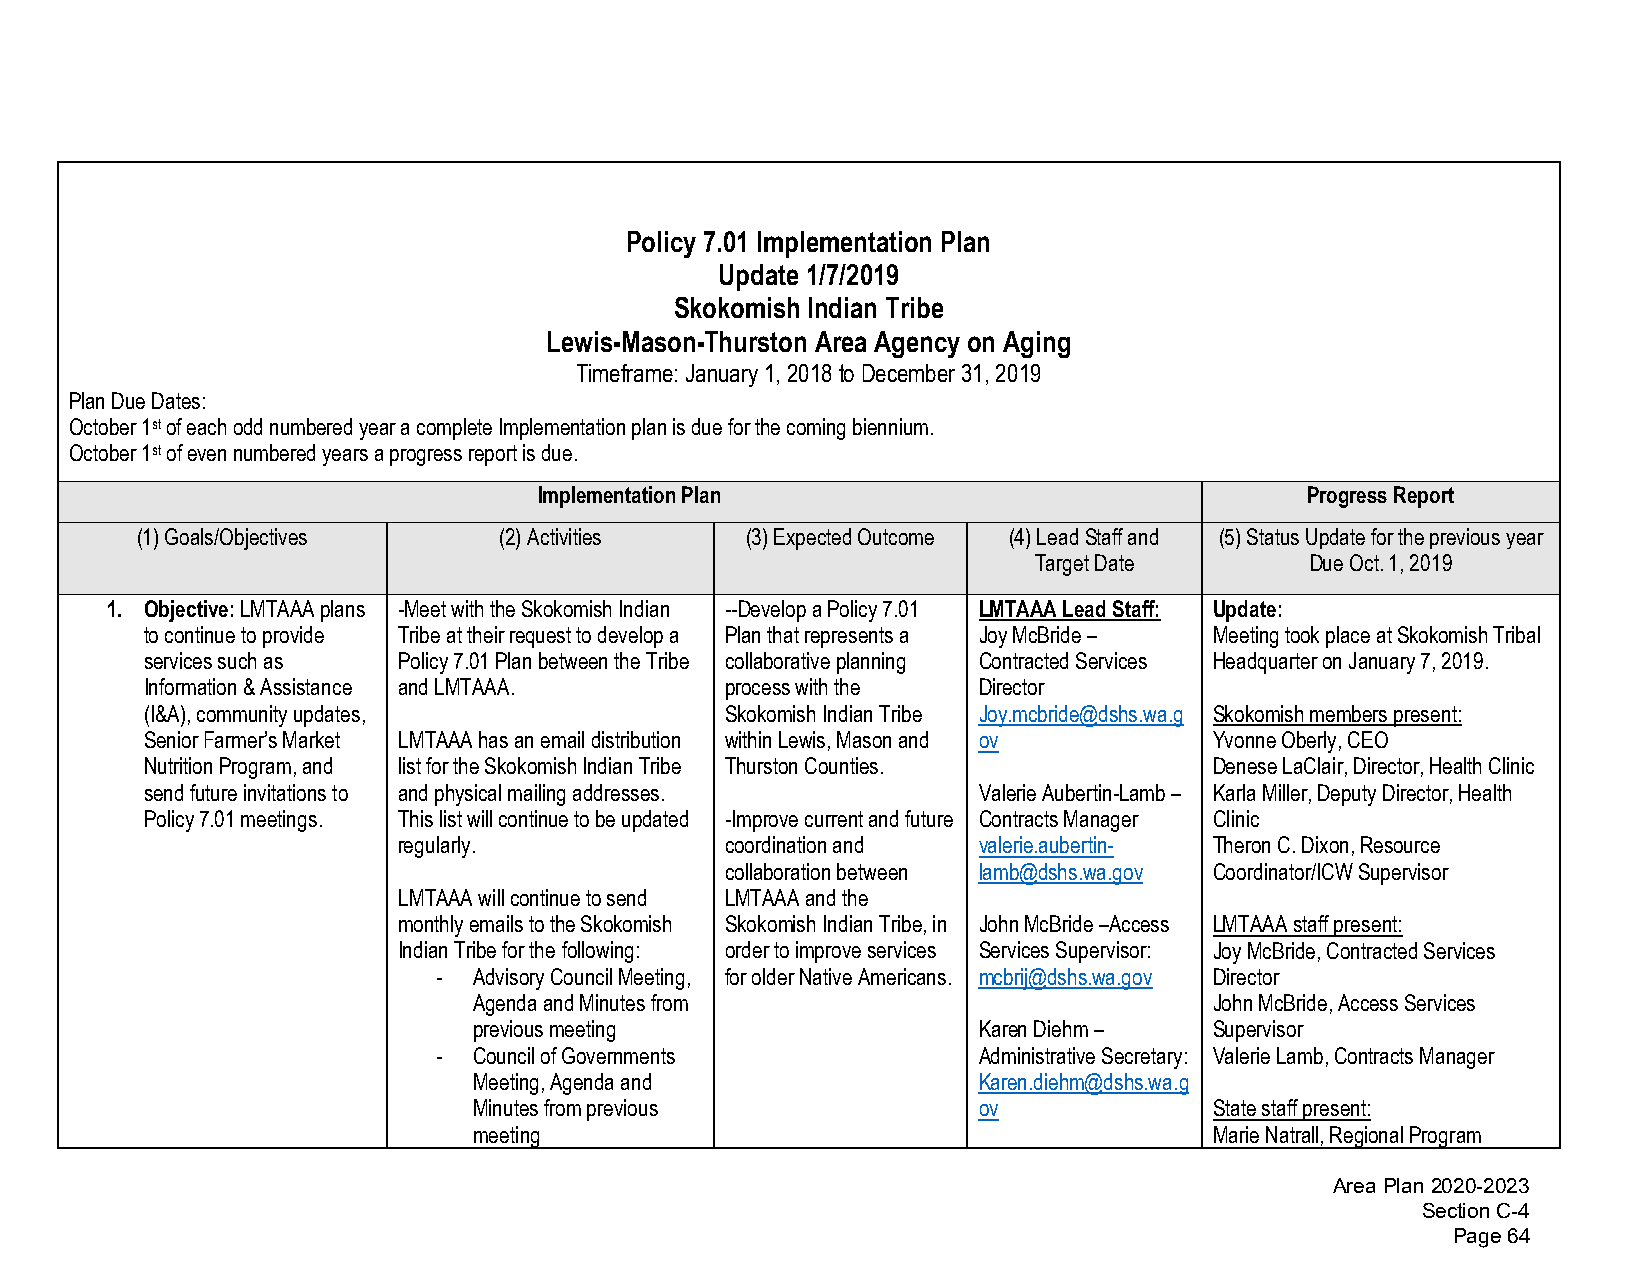
Policy 7.01 Implementation Plan
 Update 1/7/2019
 Skokomish Indian Tribe
 Lewis-Mason-Thurston Area Agency on Aging
 Timeframe: January 1, 2018 to December 31, 2019
 Plan Due Dates:
 October 1st of each odd numbered year a complete Implementation plan is due for the coming biennium.
 October 1st of even numbered years a progress report is due.
 Implementation Plan                               Progress Report
 (1)Goals/Objectives     (2)Activities   (3)Expected Outcome (4)Lead Staff and (5)Status Update for the previous year
 Target Date        Due Oct. 1, 2019
 1. Objective: LMTAAA plans -Meet with the Skokomish Indian --Develop a Policy 7.01 LMTAAA Lead Staff: Update:
 to continue to provide Tribe at their request to develop a Plan that represents a Joy McBride – Meeting took place at Skokomish Tribal
 services such as Policy 7.01 Plan between the Tribe collaborative planning Contracted Services Headquarter on January 7, 2019.
 Information & Assistance and LMTAAA.  process with the Director
 (I&A), community updates,             Skokomish Indian Tribe Joy.mcbride@dshs.wa.g Skokomish members present:
 Senior Farmer’s Market LMTAAA has an email distribution within Lewis, Mason and ov Yvonne Oberly, CEO
 Nutrition Program, and list for the Skokomish Indian Tribe Thurston Counties. Denese LaClair, Director, Health Clinic
 send future invitations to and physical mailing addresses. Valerie Aubertin-Lamb – Karla Miller, Deputy Director, Health
 Policy 7.01 meetings. This list will continue to be updated -Improve current and future Contracts Manager Clinic
 regularly.            coordination and valerie.aubertin- Theron C. Dixon, Resource
 collaboration between lamb@dshs.wa.gov Coordinator/ICW Supervisor
 LMTAAA will continue to send LMTAAA and the
 monthly emails to the Skokomish Skokomish Indian Tribe, in John McBride –Access LMTAAA staff present:
 Indian Tribe for the following: order to improve services Services Supervisor: Joy McBride, Contracted Services
 - Advisory Council Meeting, for older Native Americans. mcbrij@dshs.wa.gov Director
 Agenda and Minutes from                          John McBride, Access Services
 previous meeting                  Karen Diehm –  Supervisor
 - Council of Governments            Administrative Secretary: Valerie Lamb, Contracts Manager
 Meeting, Agenda and               Karen.diehm@dshs.wa.g
 Minutes from previous             ov             State staff present:
 meeting                                          Marie Natrall, Regional Program
 Area Plan 2020-2023
 Section C-4
 Page 64